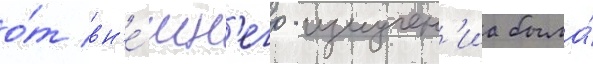
о́т вн'е́шн'его -излучен'иа была́